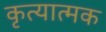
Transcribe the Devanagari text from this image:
कृत्यात्मक